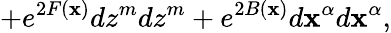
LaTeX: +e^{2F(\mathbf{x})}dz^{m}dz^{m}+e^{2B(\mathbf{x})}d\mathbf{x}^{\alpha}d\mathbf{x}^{\alpha},